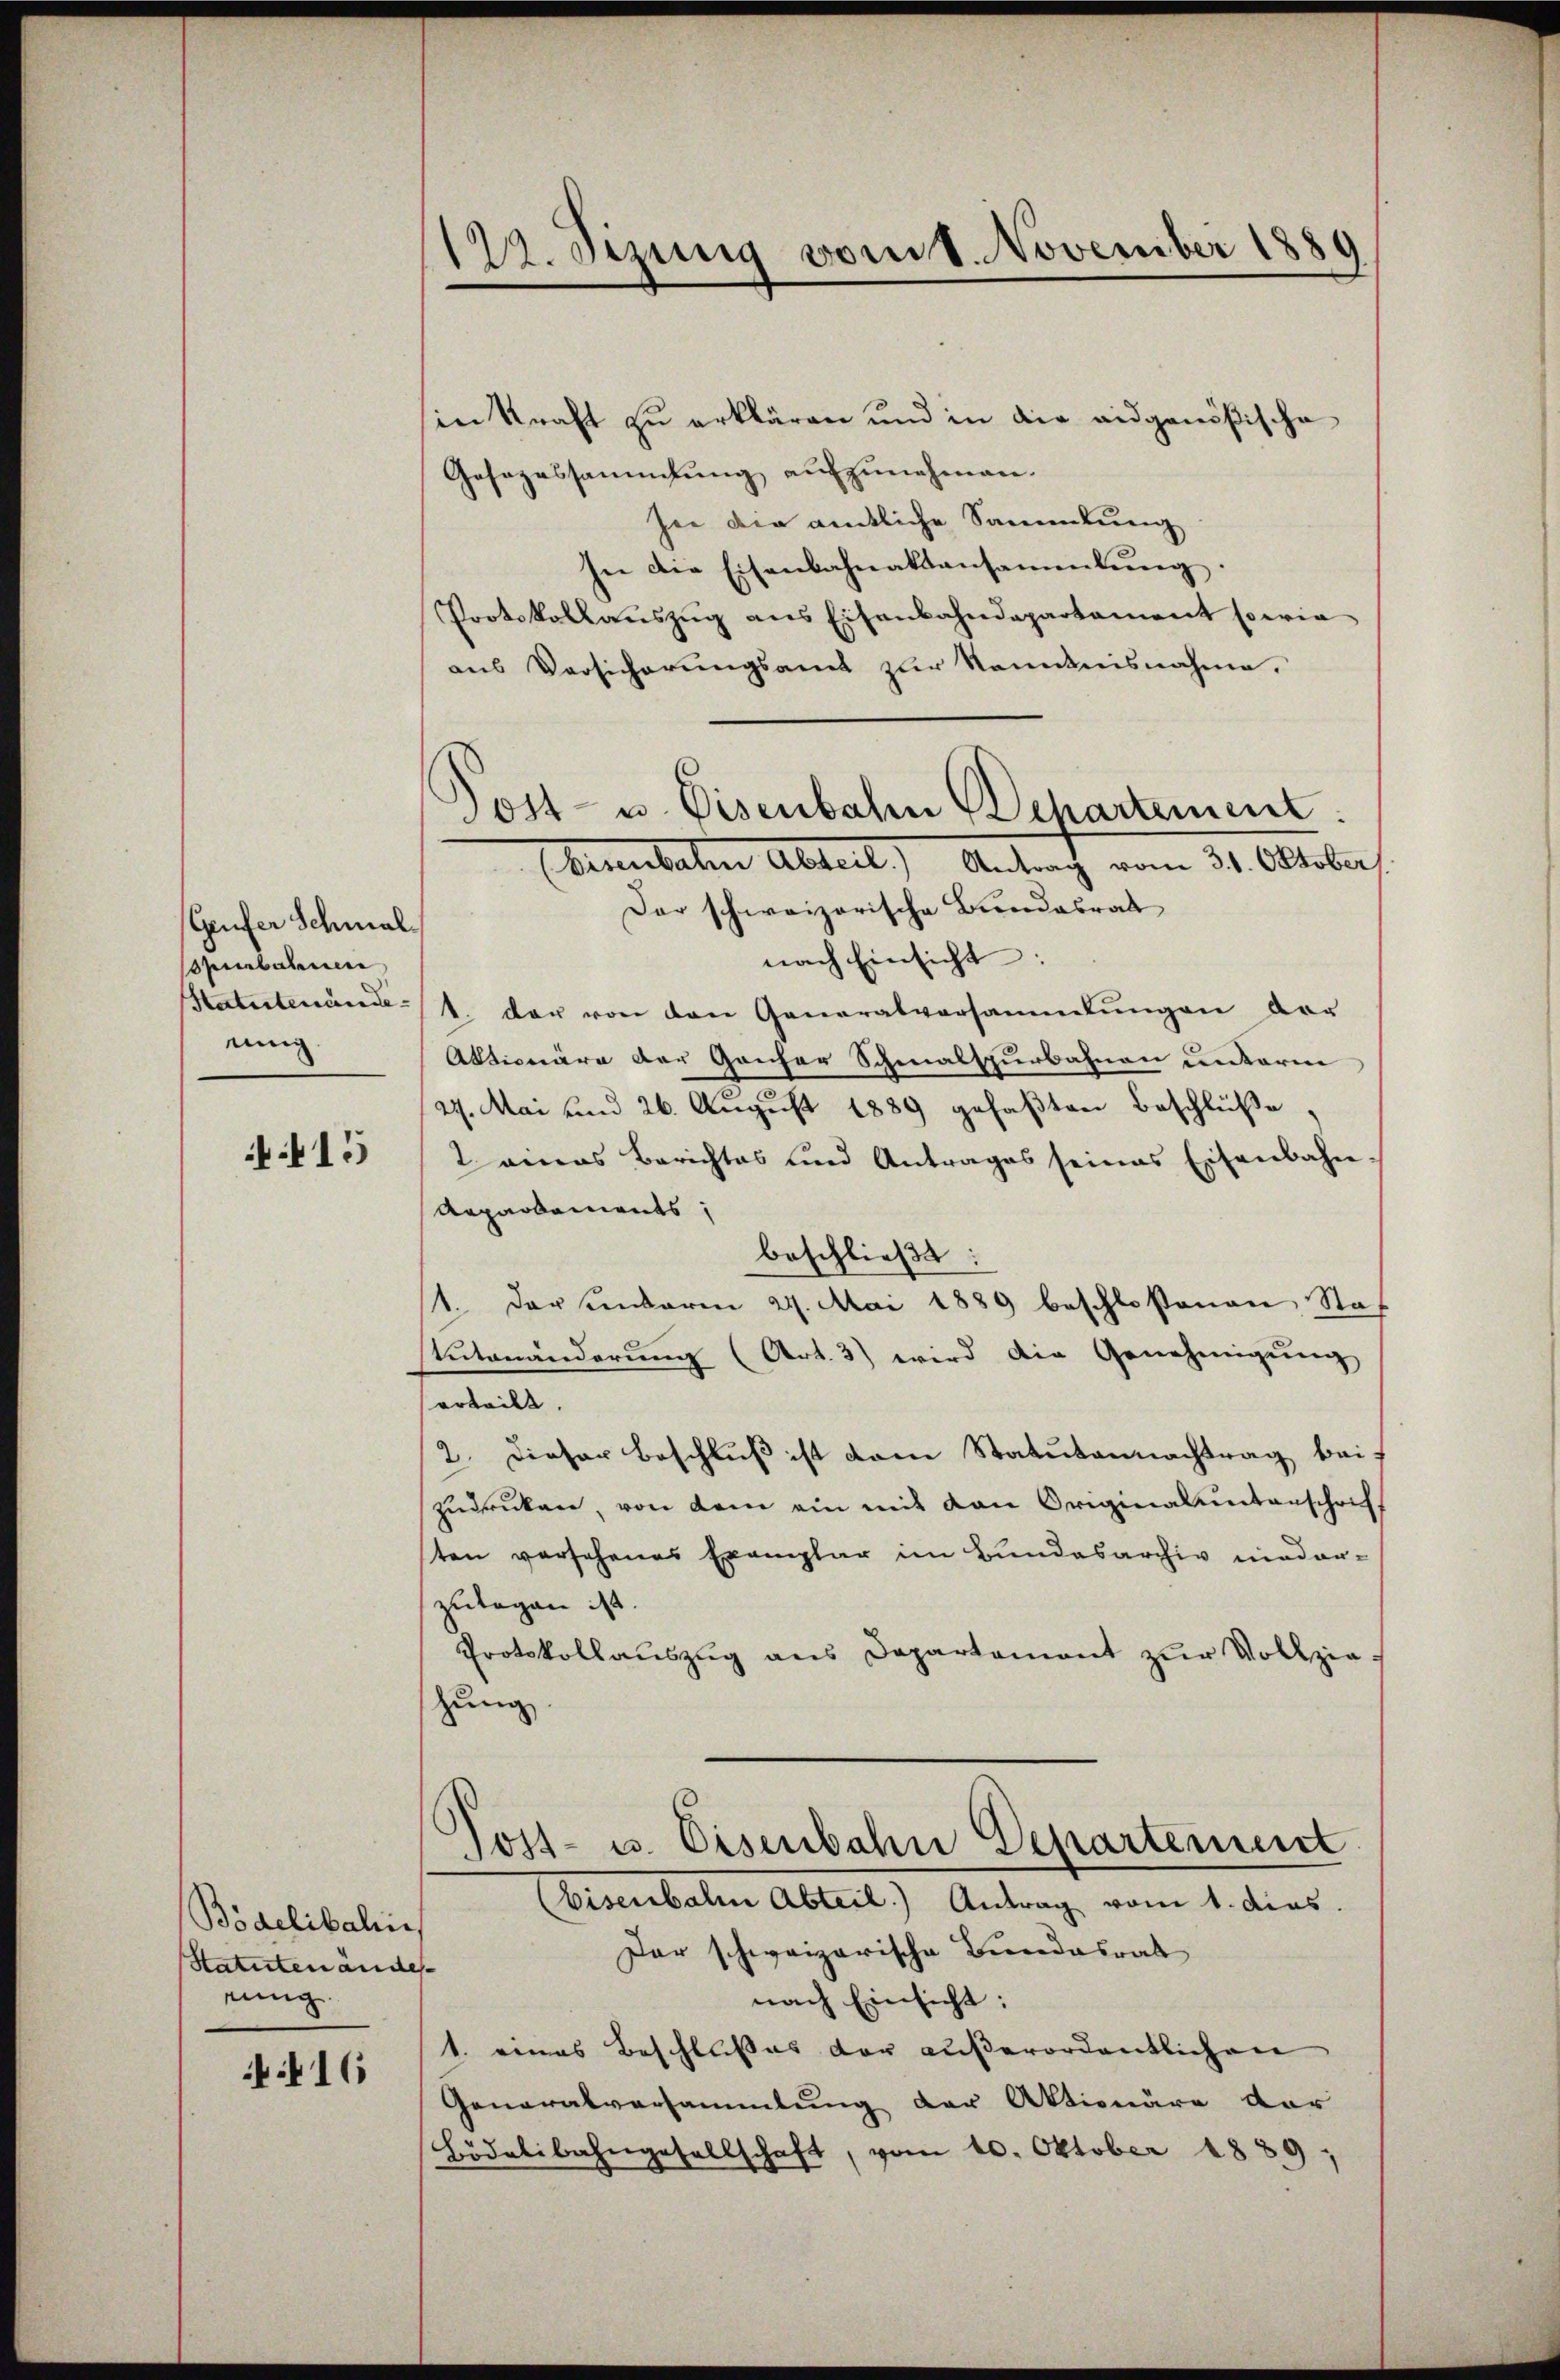
Geufer Schmalpenbahnen
Statutenande
ning

15

Bödelibahie
Statuten andes- |
einig

416

129. Sizung vom 1. November 1889
.

in Kraft zu erklären und in die eidgenößische
Gesezessammlung aufzunehmen.
hie die amtliche Sammlung
In die Eisenbahnaktansammlung.
Protokollaŭszŭg ans Eisenbahndepartament sowie
aus Versicherungsamt zur Kenntnisnahme.
Ebisenbahn Abteil) Antrag vom 31. Oktober
Der schweizerische Bundesrath
nach Einsicht:
1. der von den Generalversammlungen vor
Aktionäre der Ganzer Schmalspurbahnen unterm
27. Mai und 26. August 1889 gefaßten Beschlüße
2 eines Berichtes und Antrages seines Eisenbahn-
Aepartements;
beschließt:
1. Darstenbaren 24. Mai 1889 beschloßenen Sta-
Stutenänderŭng (Art. 3) wird die Genehmigŭng
erteilt.
2. Dieser Beschluß ist dem Statutennachtrag bei
zudrücken, von dem ein mit von Originalunterschrif
ten versehenes Exemplar im Bundesarchiv nieder-
zutagen ist.
Protokollauszug aus Departement zur Vollziezung
Tost- u. Eisenbahn Departement
(Eisenbahn Abteil.) Antrag vom 1. dies.
Der schweizerische Bundesrat
nach Einsicht:
1. eines Beschlußes der außerordentlichen
Generalversammlung der Aktionäre dar
Bödelibahngesellschaft, vom 10. Oktober 1839,

Post- u. Eisenbahn (Separtement: